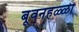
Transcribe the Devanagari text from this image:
बूवनहळ्ळी